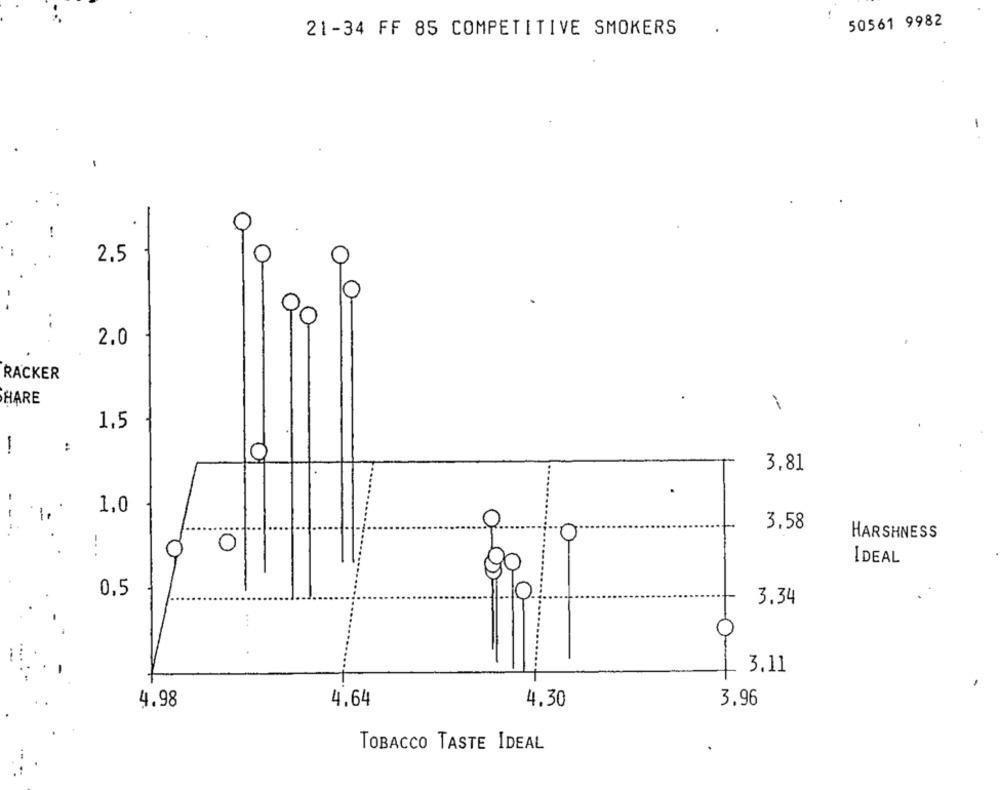
50561 9982
21-34 FF 85 COMPETITIVE SMOKERS
-
2.5
2.0
RACKER
HARE
1,5
-
:
3,81
1,0
3.58
HARSHNESS
0
IDEAL
0,5
3.34
3.11
4.98
4,64
4.30
3.96
TOBACCO TASTE IDEAL